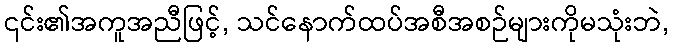
၎င်း၏အကူအညီဖြင့်, သင်နောက်ထပ်အစီအစဉ်များကိုမသုံးဘဲ,